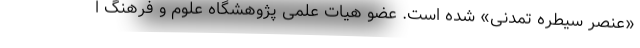
«عنصر سیطره تمدنی» شده است. عضو هیات علمی پژوهشگاه علوم و فرهنگ ا